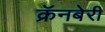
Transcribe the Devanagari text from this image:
क्रॅनबेरी